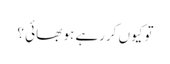
تو کیوں کررہے ہو بھائی ؟